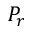
P _ { r }